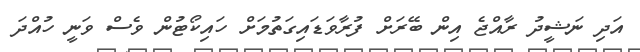
އަދި ނަޝީދު ރާއްޖެ އިން ބޭރަށް ފުރާވަޑައިގަތުމަށް ހައިކޯޓުން ވެސް ވަނީ ހުއްދަ